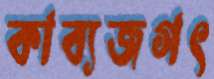
কাব্যজগৎ